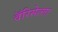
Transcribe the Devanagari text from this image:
वॅरिसेल्ला